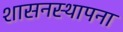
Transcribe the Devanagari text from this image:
शासनस्थापना